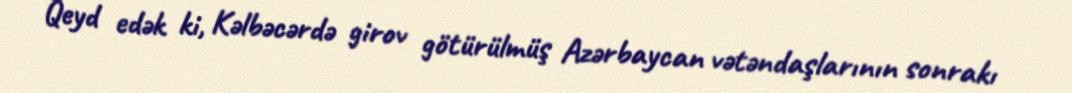
Qeyd edək ki, Kəlbəcərdə girov götürülmüş Azərbaycan vətəndaşlarının sonrakı